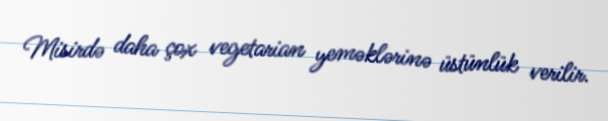
Misirdə daha çox vegetarian yeməklərinə üstünlük verilir.